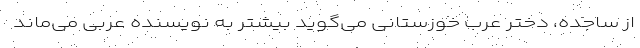
از ساجده، دختر عرب خوزستانی می‌گوید بیشتر به نویسنده عربی می‌ماند